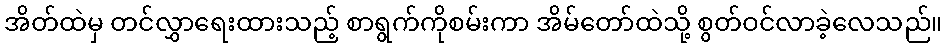
အိတ်ထဲမှ တင်လွှာရေးထားသည့် စာရွက်ကိုစမ်းကာ အိမ်တော်ထဲသို့ စွတ်ဝင်လာခဲ့လေသည်။